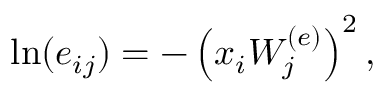
\begin{array} { r } { \ln ( e _ { i j } ) = - \left( x _ { i } W _ { j } ^ { ( e ) } \right) ^ { 2 } , } \end{array}